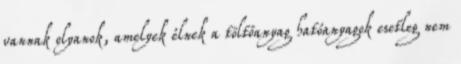
vannak olyanok, amelyek élnek a töltőanyag hatóanyagok esetleg nem